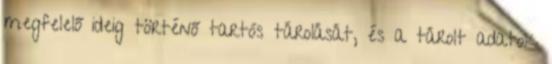
megfelelő ideig történő tartós tárolását, és a tárolt adatok